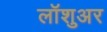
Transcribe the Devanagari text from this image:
लॉशुअर